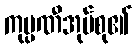
ကုမ္ပဏီအုပ်စု၏